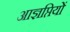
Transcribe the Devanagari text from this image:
आज्ञप्तियों